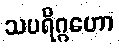
သပရိဂ္ဂဟော